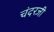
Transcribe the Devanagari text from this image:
चंदरजी